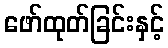
ဖော်ထုတ်ခြင်းနှင့်